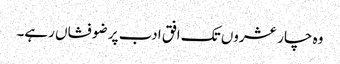
وہ چار عشروں تک افق ادب پر ضو فشاں رہے۔